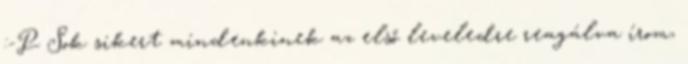
:-P Sok sikert mindenkinek az első leveledre reagálva írom,